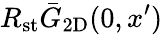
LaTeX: R_{\mathrm{st}}\bar{G}_{\mathrm{2D}}(0,x^{\prime})